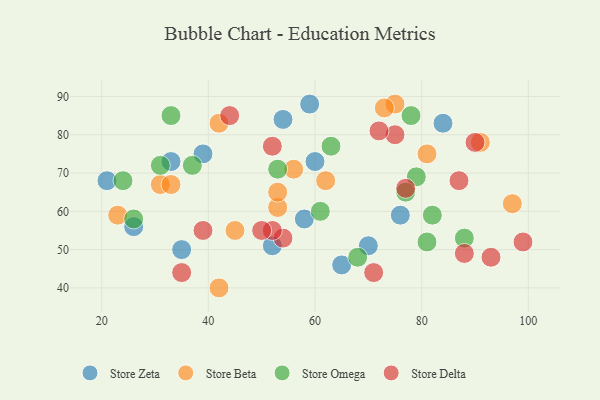
{"axis": {"x": "GDP", "y": "Life Expectancy"}, "legend": ["Store Beta", "Store Delta", "Store Omega", "Store Zeta"], "data": [{"x": "70", "y": 51, "type": "Store Zeta"}, {"x": "33", "y": 73, "type": "Store Zeta"}, {"x": "35", "y": 50, "type": "Store Zeta"}, {"x": "26", "y": 56, "type": "Store Zeta"}, {"x": "65", "y": 46, "type": "Store Zeta"}, {"x": "52", "y": 51, "type": "Store Zeta"}, {"x": "58", "y": 58, "type": "Store Zeta"}, {"x": "60", "y": 73, "type": "Store Zeta"}, {"x": "54", "y": 84, "type": "Store Zeta"}, {"x": "39", "y": 75, "type": "Store Zeta"}, {"x": "59", "y": 88, "type": "Store Zeta"}, {"x": "84", "y": 83, "type": "Store Zeta"}, {"x": "21", "y": 68, "type": "Store Zeta"}, {"x": "76", "y": 59, "type": "Store Zeta"}, {"x": "75", "y": 88, "type": "Store Beta"}, {"x": "42", "y": 83, "type": "Store Beta"}, {"x": "56", "y": 71, "type": "Store Beta"}, {"x": "97", "y": 62, "type": "Store Beta"}, {"x": "45", "y": 55, "type": "Store Beta"}, {"x": "81", "y": 75, "type": "Store Beta"}, {"x": "23", "y": 59, "type": "Store Beta"}, {"x": "91", "y": 78, "type": "Store Beta"}, {"x": "53", "y": 61, "type": "Store Beta"}, {"x": "62", "y": 68, "type": "Store Beta"}, {"x": "53", "y": 65, "type": "Store Beta"}, {"x": "42", "y": 40, "type": "Store Beta"}, {"x": "31", "y": 67, "type": "Store Beta"}, {"x": "33", "y": 67, "type": "Store Beta"}, {"x": "73", "y": 87, "type": "Store Beta"}, {"x": "53", "y": 71, "type": "Store Omega"}, {"x": "26", "y": 58, "type": "Store Omega"}, {"x": "33", "y": 85, "type": "Store Omega"}, {"x": "79", "y": 69, "type": "Store Omega"}, {"x": "82", "y": 59, "type": "Store Omega"}, {"x": "63", "y": 77, "type": "Store Omega"}, {"x": "31", "y": 72, "type": "Store Omega"}, {"x": "77", "y": 65, "type": "Store Omega"}, {"x": "37", "y": 72, "type": "Store Omega"}, {"x": "24", "y": 68, "type": "Store Omega"}, {"x": "81", "y": 52, "type": "Store Omega"}, {"x": "78", "y": 85, "type": "Store Omega"}, {"x": "88", "y": 53, "type": "Store Omega"}, {"x": "61", "y": 60, "type": "Store Omega"}, {"x": "68", "y": 48, "type": "Store Omega"}, {"x": "75", "y": 80, "type": "Store Delta"}, {"x": "54", "y": 53, "type": "Store Delta"}, {"x": "87", "y": 68, "type": "Store Delta"}, {"x": "39", "y": 55, "type": "Store Delta"}, {"x": "52", "y": 55, "type": "Store Delta"}, {"x": "99", "y": 52, "type": "Store Delta"}, {"x": "72", "y": 81, "type": "Store Delta"}, {"x": "90", "y": 78, "type": "Store Delta"}, {"x": "88", "y": 49, "type": "Store Delta"}, {"x": "44", "y": 85, "type": "Store Delta"}, {"x": "52", "y": 77, "type": "Store Delta"}, {"x": "93", "y": 48, "type": "Store Delta"}, {"x": "35", "y": 44, "type": "Store Delta"}, {"x": "50", "y": 55, "type": "Store Delta"}, {"x": "71", "y": 44, "type": "Store Delta"}, {"x": "77", "y": 66, "type": "Store Delta"}]}